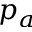
p _ { a }